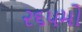
૨૬૫મો